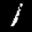
Label: 1